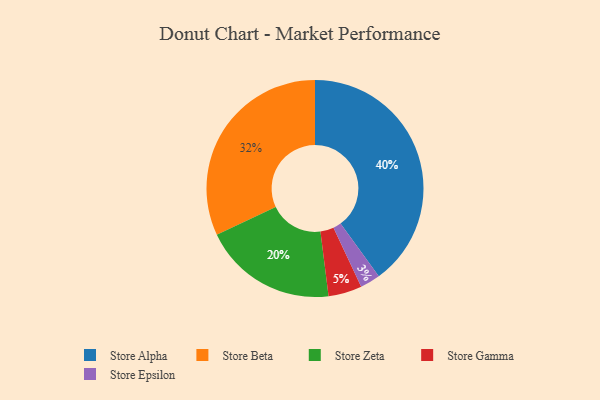
{"axis": {"x": "Category", "y": "Percentage"}, "legend": ["Store Alpha", "Store Beta", "Store Epsilon", "Store Gamma", "Store Zeta"], "data": [{"x": "Store Beta", "y": 32, "type": "Store Beta"}, {"x": "Store Zeta", "y": 20, "type": "Store Zeta"}, {"x": "Store Alpha", "y": 40, "type": "Store Alpha"}, {"x": "Store Gamma", "y": 5, "type": "Store Gamma"}, {"x": "Store Epsilon", "y": 3, "type": "Store Epsilon"}]}